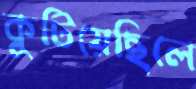
কুটিয়েছিলে